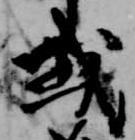
或